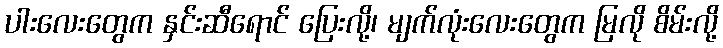
ပါးလေးတွေက နှင်းဆီရောင် ပြေးလို့၊ မျက်လုံးလေးတွေက မြလို စိမ်းလို့